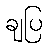
ချပြ